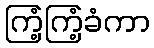
ကြံ့ကြံ့ခံကာ